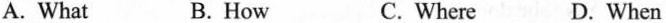
A. What B. How C. Where D. When